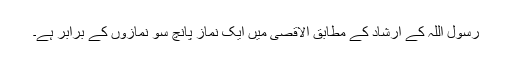
رسول اللہؐ کے ارشاد کے مطابق الاقصیٰ میں ایک نماز پانچ سو نمازوں کے برابر ہے۔